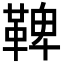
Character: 鞞